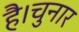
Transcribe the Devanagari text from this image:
है।चुनार